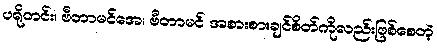
ပရိုတင်း၊ ဗီတာမင်အေ၊ ဗီတာမင် အစားစားချင်စိတ်ကိုလည်းဖြစ်စေတဲ့